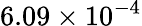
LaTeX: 6.09\times 10^{-4}